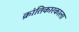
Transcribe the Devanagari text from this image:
क्रांतिकारकाला